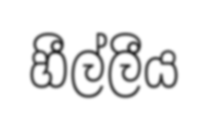
හීල්ලීය